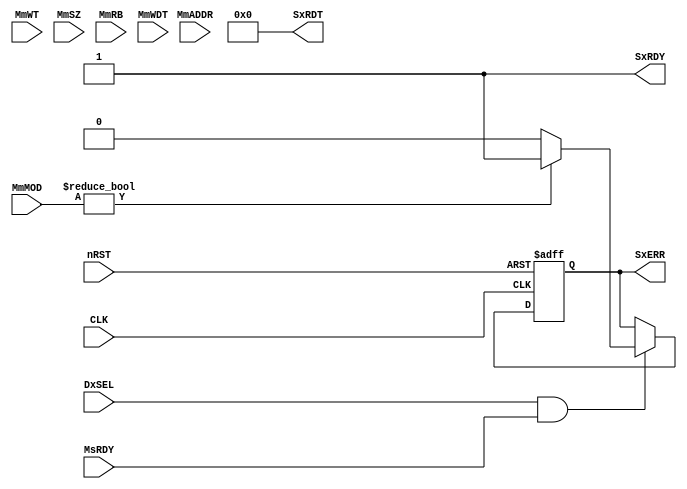
/****************************************************************************
*                                                                           *
*                           Default  Slave                                  *
*                                                                           *
*****************************************************************************/
// 20110715, Jinook Song, MxMOD is modified, 3bits


module DFT_SLV(
 	// Common Control Signals
	input	wire					CLK, 
	input	wire					nRST, 

	// Signals From Core-B Lite On-Chip High-Speed Bus
	input	wire					DxSEL, 
	input	wire					MmWT, 
	input	wire		[2:0]		MmSZ, 
	input	wire		[3:0]		MmRB, 
	input	wire		[2:0]		MmMOD, 
	input	wire		[31:0]		MmADDR, 
	input	wire		[38:0]		MmWDT, 
	input	wire					MsRDY, 

	// Signals To Core-B Lite On-Chip High-Speed Bus
	output	wire		[38:0]		SxRDT, 
	output	wire					SxRDY, 
	output	reg						SxERR

);
	localparam		IDLE	=	3'b000;
	localparam		BUSY	=	3'b001;
	localparam		LDADDR	=	3'b010;
	localparam		SEQADDR	=	3'b011;

	assign SxRDT = 39'h0;	 	//any data
	assign SxRDY = 1'b1;		//Always READY
	
	always@(posedge CLK or negedge nRST)
	begin
		if( ~nRST)
		begin
				SxERR <= 1'b0;	//During Reset, ERROR Will Not Occur
		end
		else	
		begin
			if( (DxSEL==1'b1) & (MsRDY==1'b1))	//If Selected, Current Trnasfer
			begin
				if( (MmMOD != IDLE) )
					SxERR <= 1'b1;
				else
					SxERR <= 1'b0;
			end
			
		end
	end

endmodule